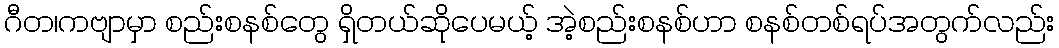
ဂီတ၊ကဗျာမှာ စည်းစနစ်တွေ ရှိတယ်ဆိုပေမယ့် အဲ့စည်းစနစ်ဟာ စနစ်တစ်ရပ်အတွက်လည်း